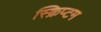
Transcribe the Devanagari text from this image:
स्क्रिप्टम